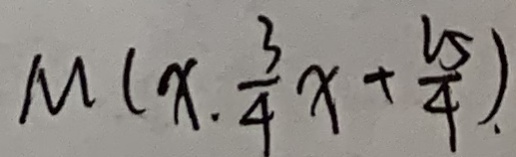
M ( x . \frac { 3 } { 4 } x + \frac { 2 5 } { 4 } ) .